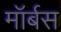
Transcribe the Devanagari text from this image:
मॉर्बस